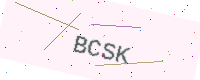
Text: BCSK